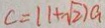
c = ( 1 + \sqrt { 2 } ) a